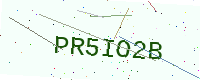
Text: PR5IO2B